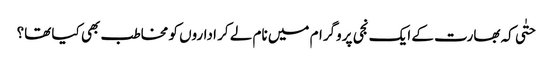
حتٰی کہ بھارت کے ایک نجی پروگرام میں نام لے کر اداروں کو مخاطب بھی کیا تھا؟